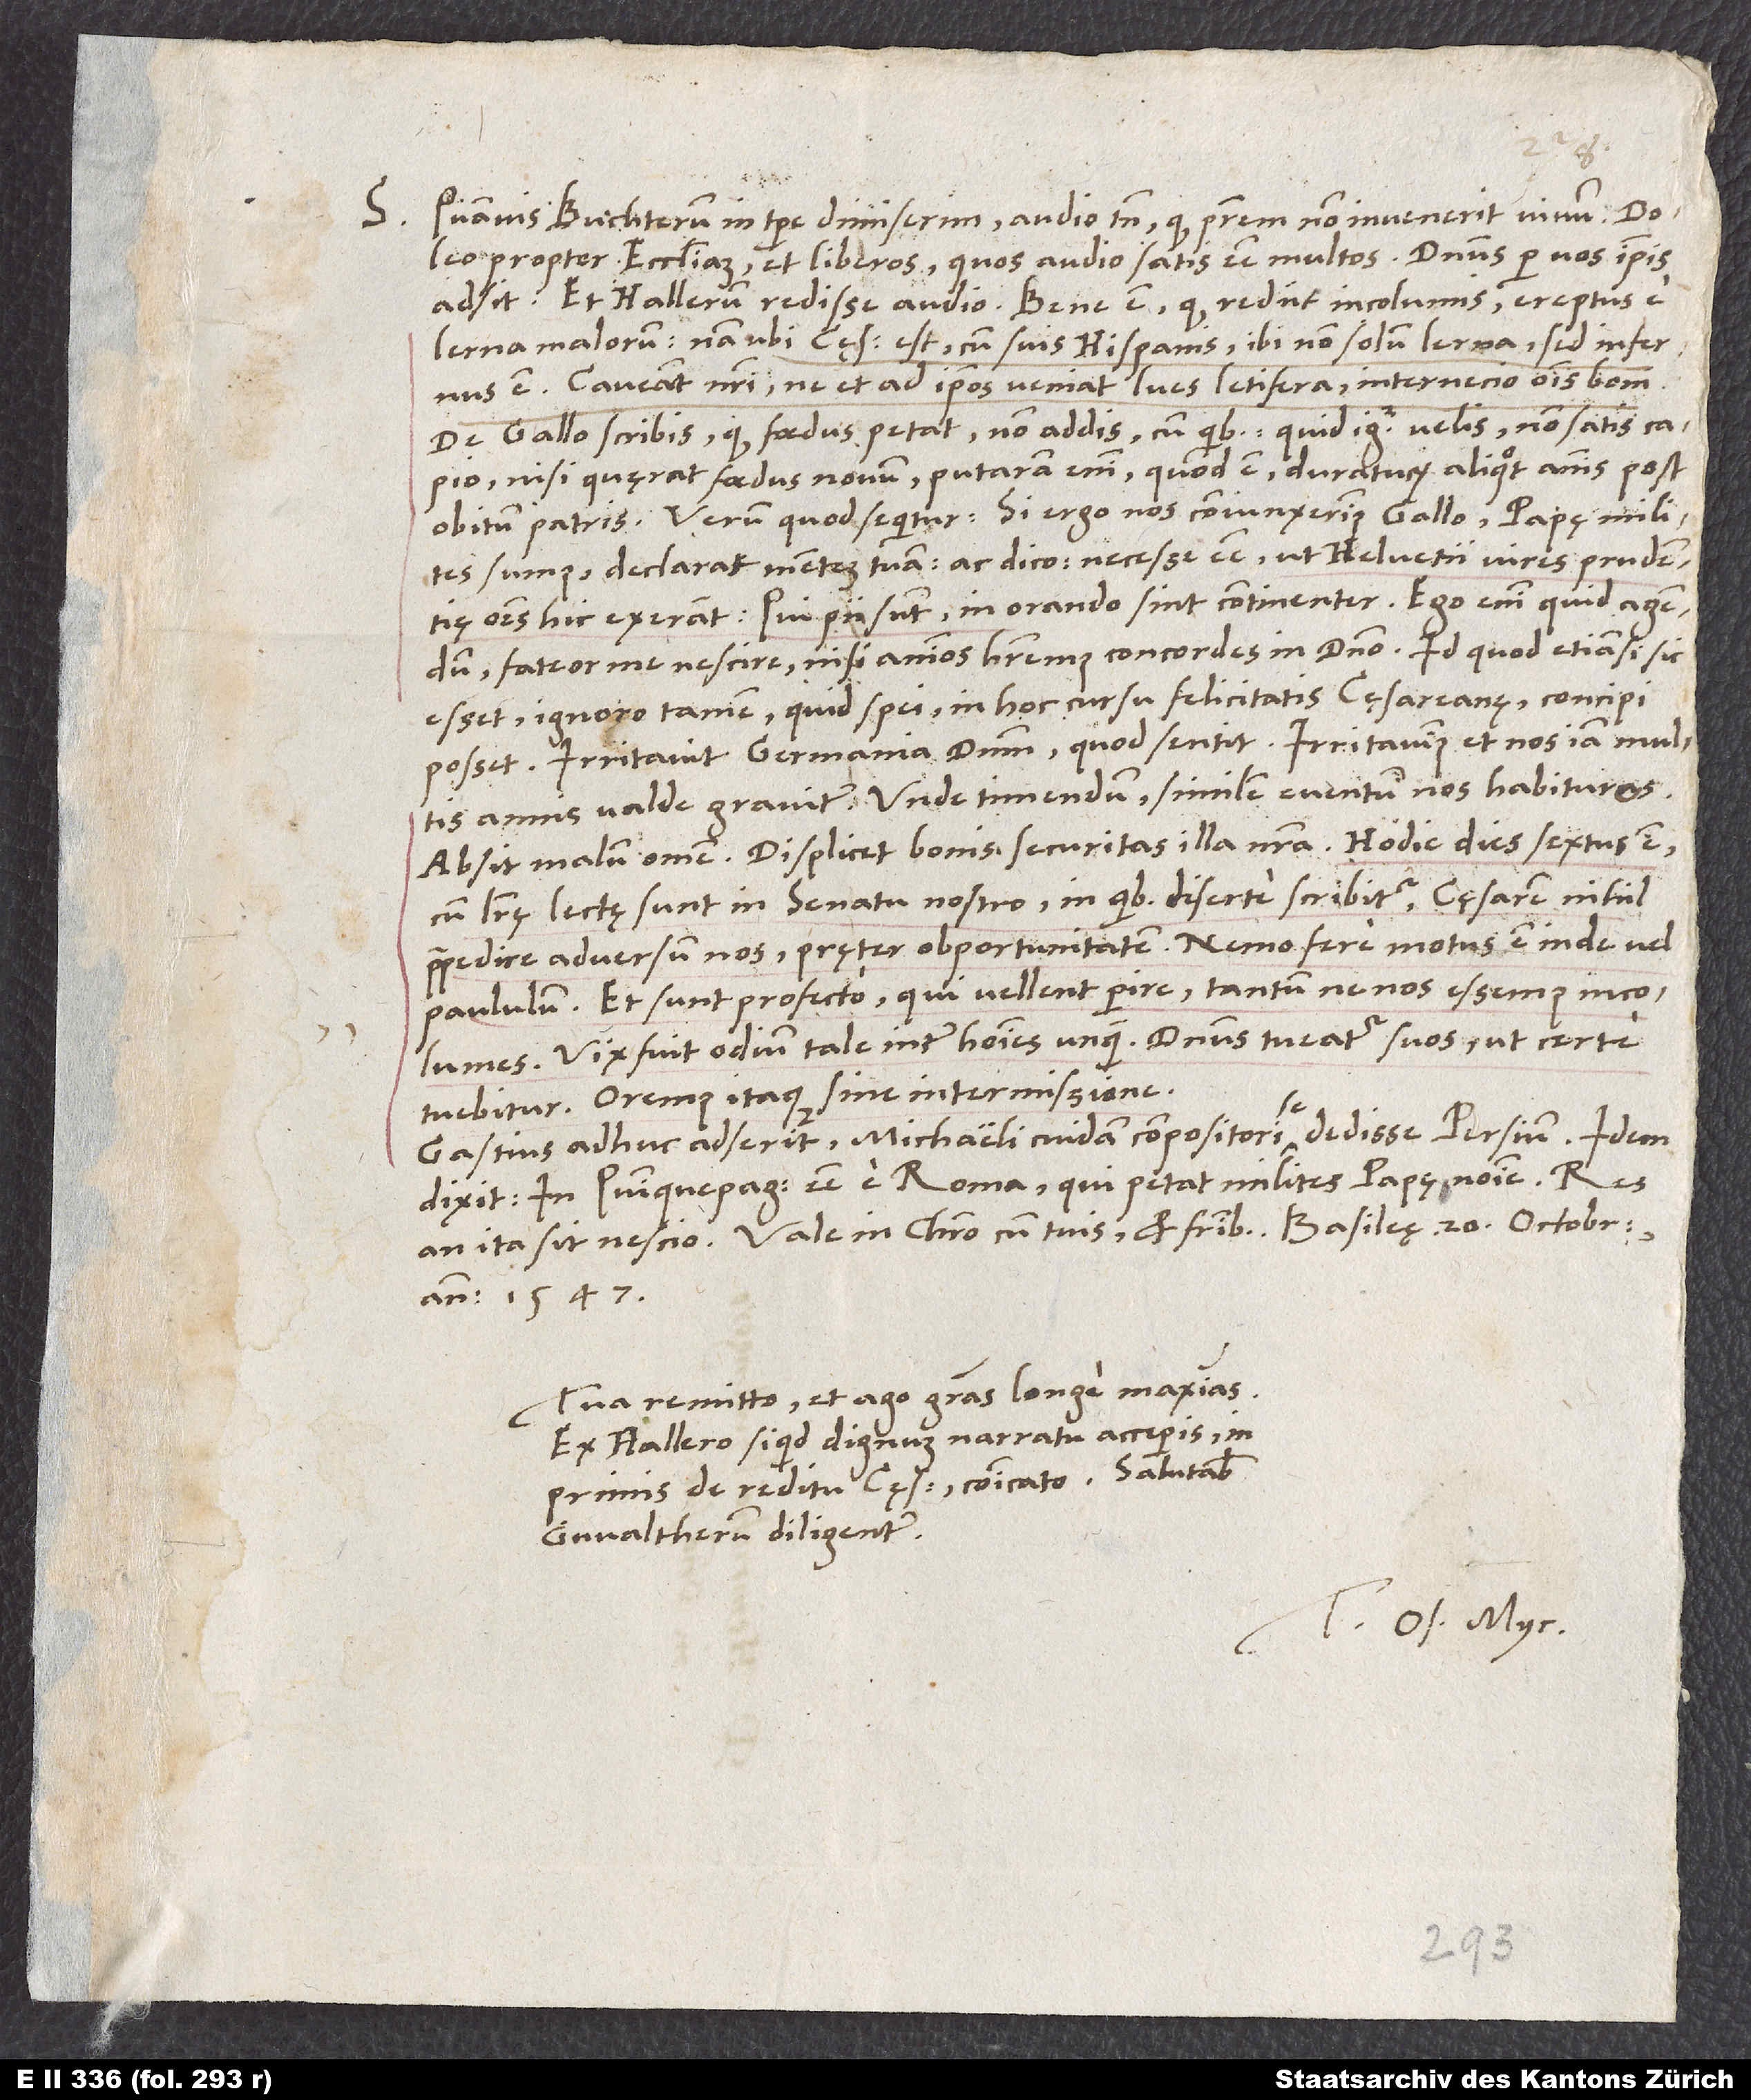
S.

Quamvis Buchterum in tempore dimiserim, audio tamen, quod patrem non invenerit vivum! Doleo
propter ecclesiam et liberos, quos audio satis esse multos. Dominus per vos ipsis
Hallerum redisse audio. Bene est, quod rediit incolumis, ereptus e
Lerna malorum, nam ubi cęsar est cum suis Hispanis, ibi non solum Lerna, sed infernus
est. Caveant nostri, ne et ad ipsos veniat lues letifera, internecio omnis boni!
De Gallo scribis, quod foedus petat. Non addis, cum quibus. Quid igitur velis, non satis capio,
nisi quęrat foedus novum. Putaram enim, quod est duraturum aliquot annis post
obitum patris. Verum quod sequitur: „Si ergo nos coniunxerimus Gallo, papę milites
sumus“, declarat mentem tuam; ac dico: Necesse esse, ut Helvetii vires prudentię
omnes hic exerant. Qui pii sunt, in orando sint continenter! Ego enim, quid agendum,
fateor me nescire, nisi animos haberemus concordes in domino. Id quod etiamsi sic
esset, ignoro tamen, quid spei in hoc cursu felicitatis cęsareanę concipi
Irritavit Germania dominum; quod sentit. Irritavimus et nos iam multis
annis valde graviter. Unde timendum similem eventum nos habituros.
Absit malum omen! Displicet bonis securitas illa nostra. Hodie dies sextus est,
cum literę lectę sunt in senatu nostro, in quibus diserte scribitur cęsarem nihil
praepedire adversum nos pręter obportunitatem. Nemo fere motus est inde vel
paululum! Et sunt profecto, qui vellent perire, tantum ne nos essemus incolumes.
Vix fuit odium tale inter homines unquam! Dominus tueatur suos, ut certe
tuebitur. Oremus itaque sine intermissione!
Gastius adhuc adserit Michaeli cuidam compositori se dedisse Persium. Idem
dixit in Quinquepagicis esse e Roma, qui petat milites papę nomine. Res
Vale in Christo cum tuis et fratribus. Basileę, 20. octobris
Tua remitto, et ago gratias longe maximas.
Ex Hallero si quid dignum narratu acceperis,
inprimis de reditu cęsaris, communicato! Salutabis
Gvaltherum diligenter.
Tuus Os. Myc.